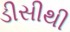
ડીસીથી